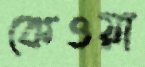
কেওয়া